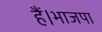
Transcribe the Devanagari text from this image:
हैं।भाजपा